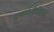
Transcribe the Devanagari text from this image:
दमयंतीविरह